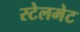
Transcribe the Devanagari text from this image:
स्टेलमेट